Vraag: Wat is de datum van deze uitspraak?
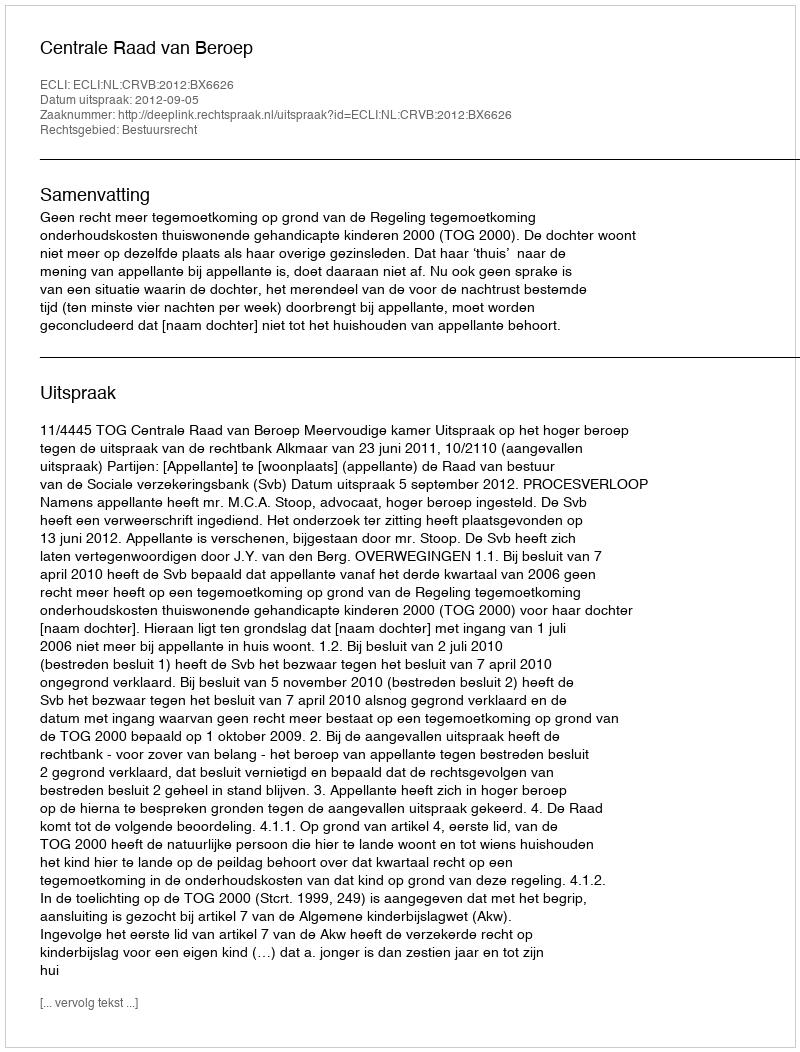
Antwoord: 2012-09-05